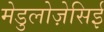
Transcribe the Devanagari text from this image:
मेडुलोज़ेसिई